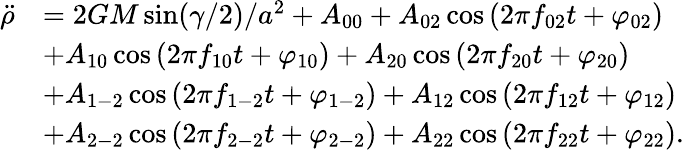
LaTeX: \begin{array}{rl}{\ddot{\rho}}&{=2GM\sin(\gamma/2)/a^{2}+A_{00}+A_{02}\cos\left(2\pi f_{02}t+\varphi_{02}\right)}\\ &{+A_{10}\cos\left(2\pi f_{10}t+\varphi_{10}\right)+A_{20}\cos\left(2\pi f_{20}t+\varphi_{20}\right)}\\ &{+A_{1-2}\cos\left(2\pi f_{1-2}t+\varphi_{1-2}\right)+A_{12}\cos\left(2\pi f_{12}t+\varphi_{12}\right)}\\ &{+A_{2-2}\cos\left(2\pi f_{2-2}t+\varphi_{2-2}\right)+A_{22}\cos\left(2\pi f_{22}t+\varphi_{22}\right).}\end{array}